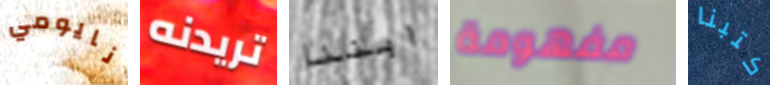
نايومي تريدنه ابننا مفهومة كتبنا